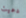
دعيت